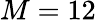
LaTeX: M=12